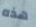
هذه